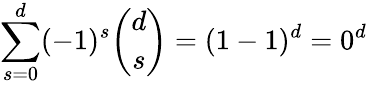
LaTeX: \sum_{s=0}^{d}(-1)^{s}{\binom{d}{s}}=(1-1)^{d}=0^{d}